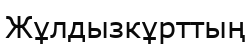
Жұлдызкұрттың